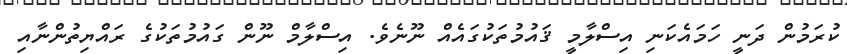
ކުރަމުން ދަނީ ހަމައެކަނި އިސްލާމީ ޤައުމުތަކުގައެއް ނޫނެވެ. އިސްލާމް ނޫން ގައުމުތަކުގެ ރައްޔިތުންނާއި